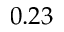
0 . 2 3